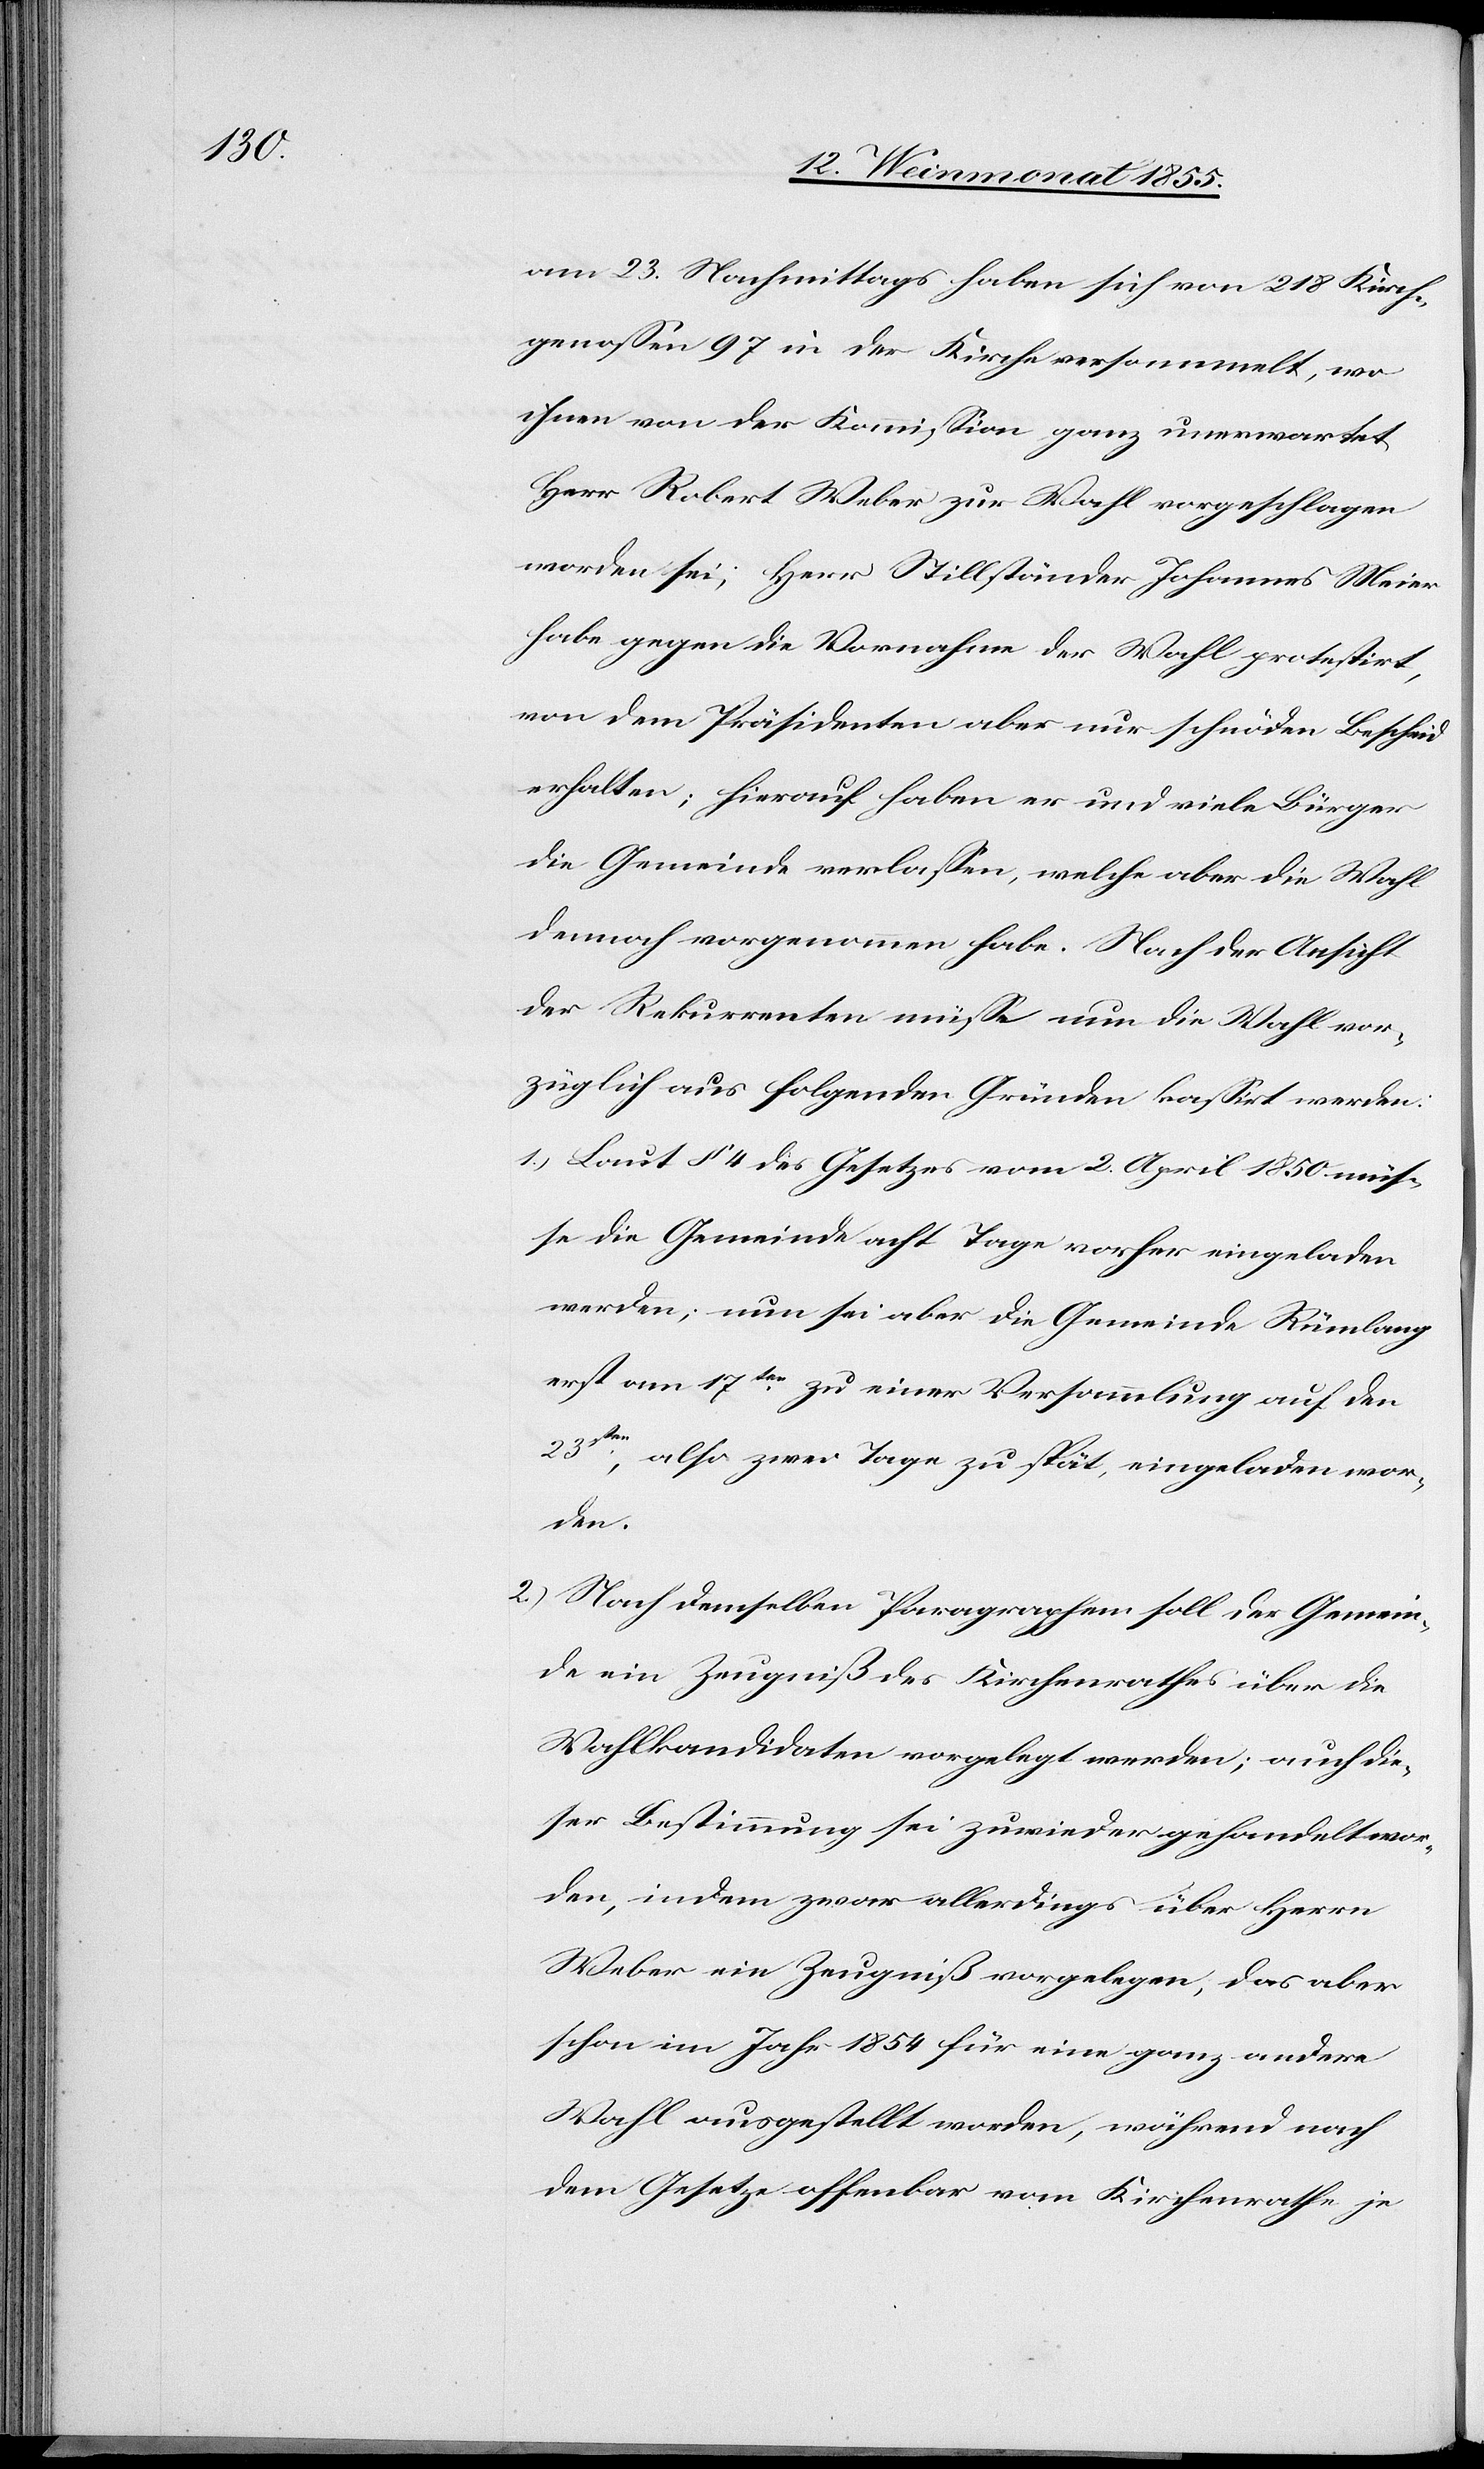
am 23. Nachmittags haben sich von 218 Kirch¬
genossen 97 in der Kirche versammelt, wo
ihnen von der Kommission ganz unerwartet
Herr Robert Weber zur Wahl vorgeschlagen
worden sei; Herr Stillständer Johannes Meier
habe gegen die Vornahme der Wahl protestirt,
von dem Präsidenten aber nur schnöden Bescheid
erhalten; hierauf haben er und viele Bürger
die Gemeinde verlassen, welche aber die Wahl
dennoch vorgenommen habe. Nach der Ansicht
der Rekurrenten müsse nun die Wahl vor¬
züglich aus folgenden Gründen kassirt werden:
Laut § 4 des Gesetzes vom 2. April 1850 müs¬
se die Gemeinde acht Tage vorher eingeladen
werden; nun sei aber die Gemeinde Rümlang
erst am 17ten zu einer Versammlung auf den
23ten, also zwei Tage zu spät, eingeladen wor¬
den.
Nach demselben Paragraphen soll der Gemein¬
de ein Zeugniß des Kirchenrathes über die
Wahlkandidaten vorgelegt werden; auch die¬
ser Bestimmung sei zuwieder gehandelt wor¬
den, indem zwar allerdings über Herrn
Weber ein Zeugniß vorgelegen, das aber
schon im Jahr 1854 für eine ganz andere
Wahl ausgestellt worden, während nach
dem Gesetze offenbar vom Kirchenrathe je